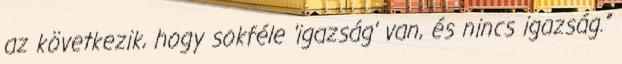
az következik, hogy sokféle ’igazság’ van, és nincs igazság.”